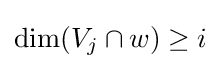
\dim(V_{j}\cap w)\geq i